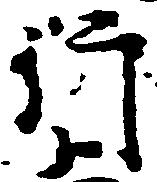
行